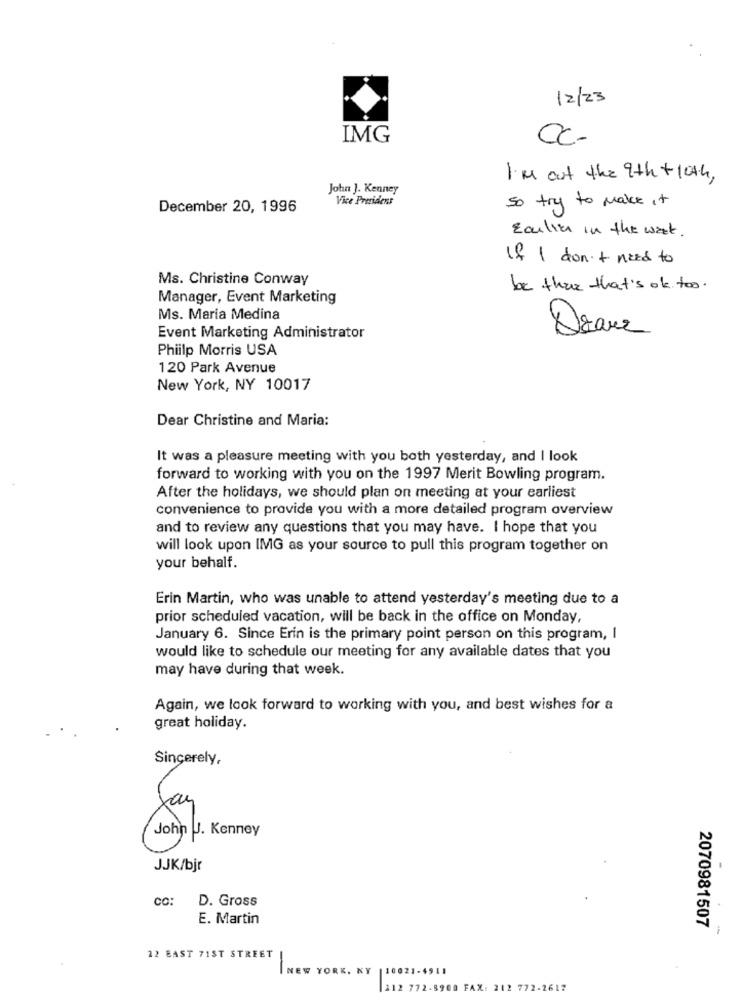
12/23
IMG
Cc-
I'M out the 9th + 10th,
John J. Kenney
Vice Presidens
so try to make it
December 20, 1996
Earlier in the west.
if I don't need to
Ms. Christine Conway
be that that's ok too.
Manager, Event Marketing
Ms. Maria Medina
Event Marketing Administrator
Phiilp Morris USA
120 Park Avenue
New York, NY 10017
Dear Christine and Maria:
It was a pleasure meeting with you both yesterday, and I look
forward to working with you on the 1997 Merit Bowling program.
After the holidays, we should plan on meeting at your earliest
convenience to provide you with a more detailed program overview
and to review any questions that you may have. I hope that you
will look upon IMG as your source to pull this program together on
your behalf.
Erin Martin, who was unable to attend yesterday's meeting due to a
prior scheduled vacation, will be back in the office on Monday,
January 6. Since Erin is the primary point person on this program, I
would like to schedule our meeting for any available dates that you
may have during that week.
Again, we look forward to working with you, and best wishes for a
great holiday.
Sincerely,
John J. Kenney
JJK/bjr
co: D. Gross
E. Martin
2070981507
22 BAST 71ST STREET
NEW YORK, NY
-
110021-4911
212 772-8900 FAX: 212 772-2617